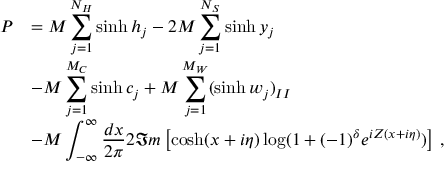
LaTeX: \begin{array} { r l } { { \displaystyle P } } & { { = { \cal M } \displaystyle \sum _ { j = 1 } ^ { N _ { H } } \sinh h _ { j } - 2 { \cal M } \displaystyle \sum _ { j = 1 } ^ { N _ { S } } \sinh y _ { j } } } \\ { { } } & { { - { \cal M } \displaystyle \sum _ { j = 1 } ^ { M _ { C } } \sinh c _ { j } + { \cal M } \displaystyle \sum _ { j = 1 } ^ { M _ { W } } ( \sinh w _ { j } ) _ { I I } } } \\ { { } } & { { - { \cal M } \displaystyle \int _ { - \infty } ^ { \infty } \displaystyle \frac { d x } { 2 \pi } 2 \Im m \left[ \cosh ( x + i \eta ) \log ( 1 + ( - 1 ) ^ { \delta } e ^ { i Z ( x + i \eta ) } ) \right] \: , } } \end{array}